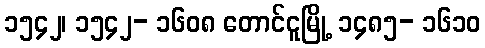
၁၅၄၂၊ ၁၅၄၂- ၁၆၀၈ တောင်ငူမြို့ ၁၄၈၅- ၁၆၁၀